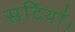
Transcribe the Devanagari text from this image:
सर्दियाँ।